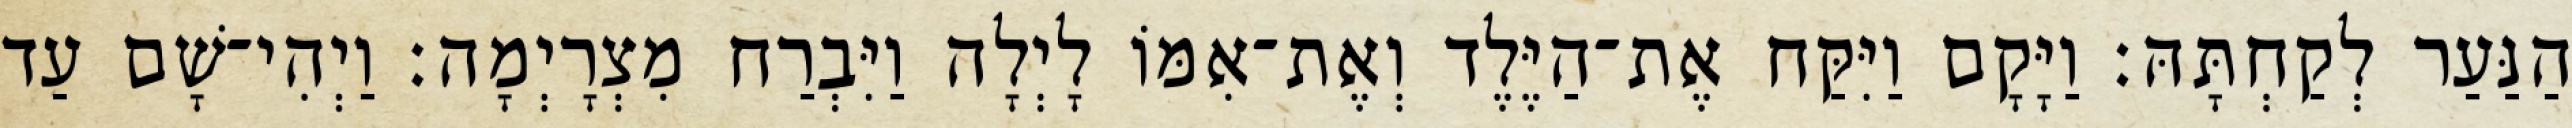
הַנַּעַר לְקַחְתָּהּ׃ וַיָּקָם וַיִּקַּח אֶת־הַיֶּלֶד וְאֶת־אִמּוֹ לָיְלָה וַיִּבְרַח מִצְרָיְמָה׃ וַיְהִי־שָׁם עַד